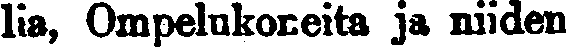
lia, Ompelukoneita ja niiden